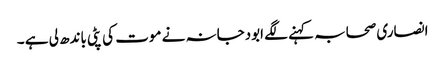
انصاری صحابہ کہنے لگے ابودجانہ نے موت کی پٹی باندھ لی ہے ۔